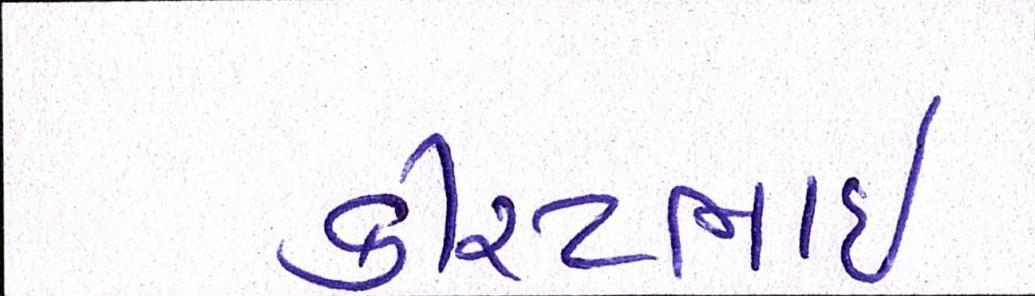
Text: કિરીટભાઈ